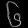
Digit: ၆